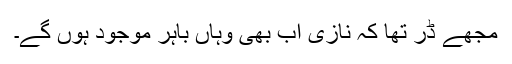
مجھے ڈر تھا کہ نازی اب بھی وہاں باہر موجود ہوں گے۔